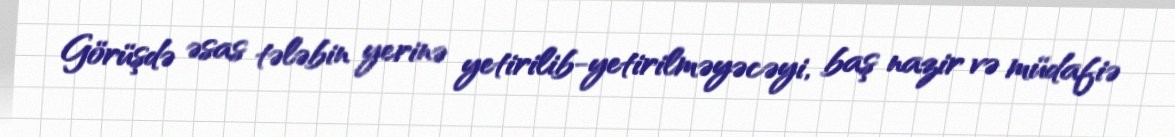
Görüşdə əsas tələbin yerinə yetirilib-yetirilməyəcəyi, baş nazir və müdafiə